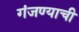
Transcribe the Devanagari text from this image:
गंजण्याची